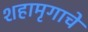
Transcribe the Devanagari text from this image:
शहामृगाचे